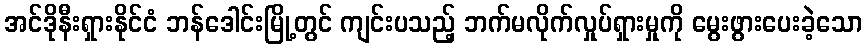
အင်ဒိုနီးရှားနိုင်ငံ ဘန်ဒေါင်းမြို့တွင် ကျင်းပသည့် ဘက်မလိုက်လှုပ်ရှားမှုကို မွေးဖွားပေးခဲ့သော